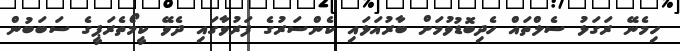
ހިމެނޭ ރަގަޅު ސެލްތައް ހެދިބޮޑުވުމަށް ބާރުއަޅައި ކެންސަރުގެ ފަރުވާގައި ދެވޭ ކީމޯތެރަޕީގެ ސަބަބުން